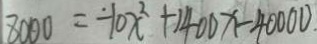
8 0 0 0 = - 1 0 x ^ { 2 } + 1 4 0 0 x - 4 0 0 0 0 .